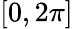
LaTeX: [0,2\pi]